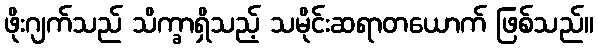
ဖိုးဂျက်သည် သိက္ခာရှိသည့် သမိုင်းဆရာတယောက် ဖြစ်သည်။